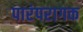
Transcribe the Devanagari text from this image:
पारंपरागक